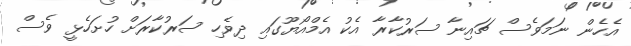
އެހެން ނަމަވެސް ޗައިނާ ސަރުކާރާ އެކު އެމްއޯޔޫގައި ދިވެހި ސަރުކާރަށް ހުށަހެޅީ ވެސް